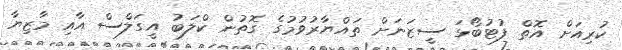
ކުރިއަށް އޮތް ފުޓުބޯޅަ ސީޒަނަށް ތައްޔާރުވުމުގެ ގޮތުން ކްލަބު އީގަލްސް އާއި މާޒިޔާ